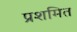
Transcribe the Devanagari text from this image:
प्रशमित